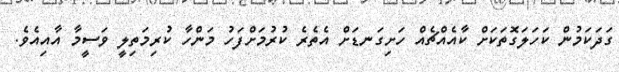
ގަދަކަމުން ކަހަލަގޮތަކަށް ކާއެއްޗެއް ހަށިގަނޑަށް އެތެރެ ކުރުމަށްފަހު މަންހާ ކުރިމަތިލީ ވަސީމާ އާއިއެވެ.